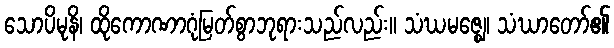
သောပိမုနိ၊ ထိုကောဏာဂုံမြတ်စွာဘုရားသည်လည်း။ သံဃမဇ္ဈေ၊ သံဃာတော်၏